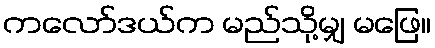
ကလော်ဒယ်က မည်သို့မျှ မဖြေ။